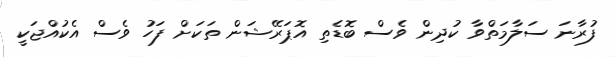
ފުރާނަ ސަލާމަތްވާ ކުދިން ވެސް ބޮޑެތި އޮޕަރޭޝަން ތަކަށް ފަހު ވެސް އެކުއްޖަކީ